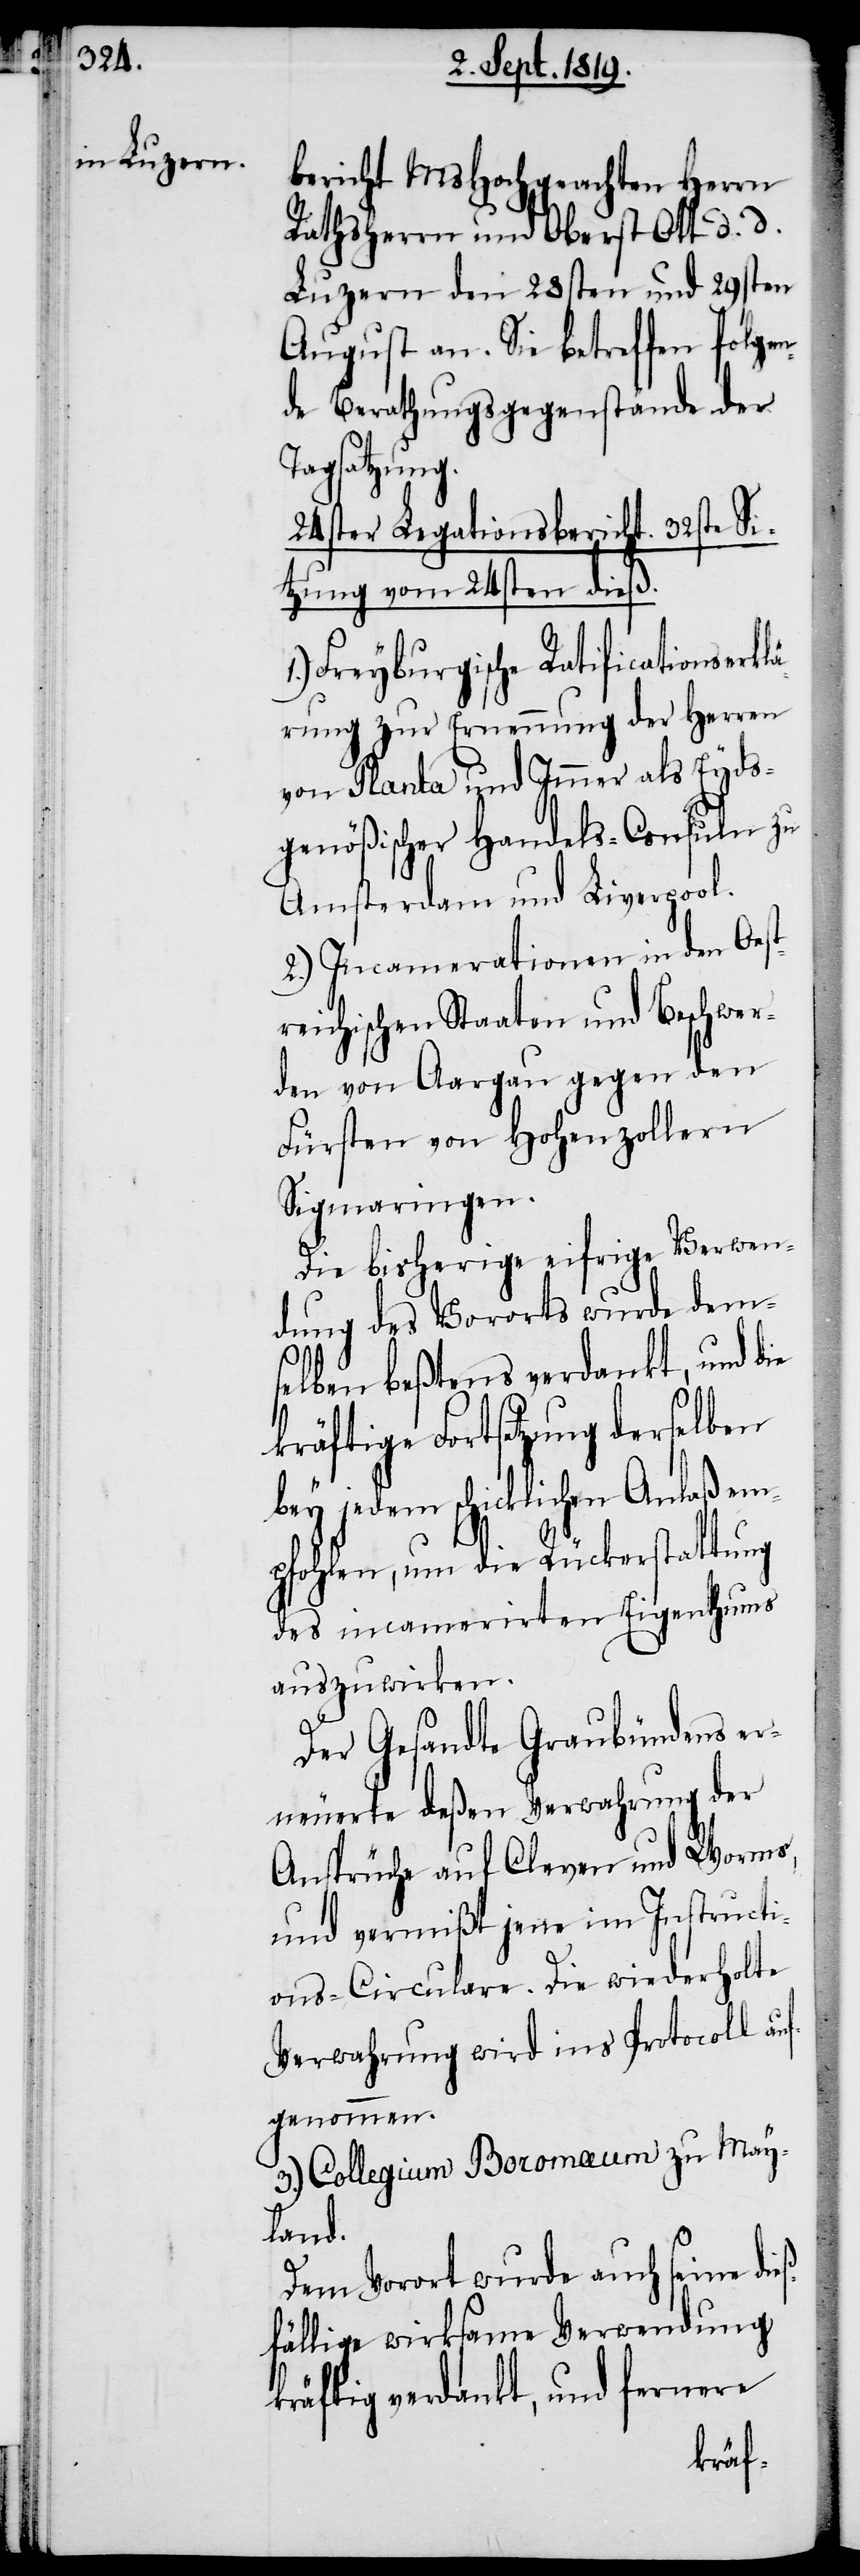
ß¬

bericht MsHochgeachten Herrn
Rathsherrn und Oberst Ott d. d.
Luzern den 28sten und 29sten
August an. Sie betreffen folgen¬
de Berathungsgegenstände der
Tagsatzung.
24ster Legationsbericht. 32ste Si¬
tzung vom 24sten dieß.
Freyburgische Ratificationserkl¬
ärung zur Ernennung der Herren
von Planta und Immer als Eyds¬
genößischer Handels-Consuln zu
Amsterdam und Liverpool.
2.) Incamerationen in den Oest¬
reichischen Staaten und Beschwer¬
den von Aargau gegen den
Fürsten von Hohenzollern
Sigmaringen.
Die bisherige eifrige Verwen¬
dung des Vororts wurde dem¬
selben beßtens verdankt, und die
kräftige Fortsetzung derselben
bey jedem schicklichen Anlaß em¬
pfohlen, um die Rückerstattung
des incamerirten Eigenthums
auszuwirken.
Der Gesandte Graubündens er¬
neuerte deßen Verwahrung der
Ansprüche auf Cleven und Worms,
und vermißt jene im Instructi¬
ons-Circulare. Die wiederholte
Verwahrung wird ins Protocoll auf¬
genommen.
3.) Collegium Boromæum zu May¬
land.
Dem Vorort wurde auch seine die¬
fällige wirksame Verwendung
kräftig verdankt, und fernere